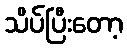
သိပ်ပြီးတော့